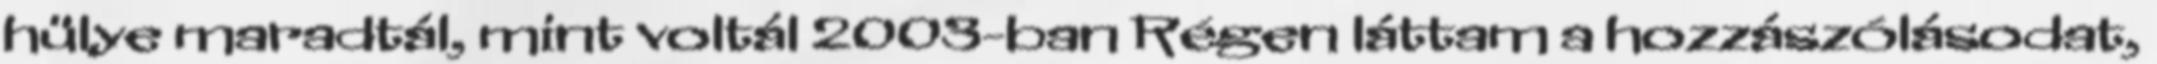
hülye maradtál, mint voltál 2003-ban Régen láttam a hozzászólásodat,